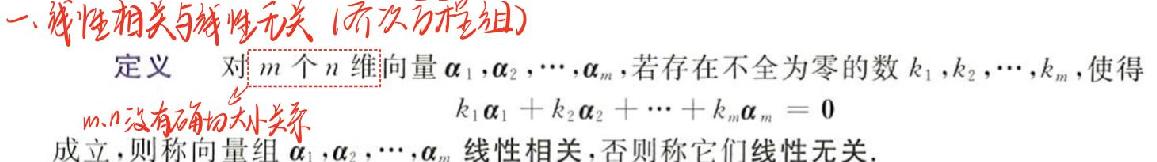
一、线性相关与线性无关（齐次方程组）
定义 对\(m\)个\(n\)维向量\(\alpha_1,\alpha_2,\cdots,\alpha_m\)，若存在不全为零的数\(k_1,k_2,\cdots,k_m\)，使得
\[k_1\alpha_1 + k_2\alpha_2 + \cdots + k_m\alpha_m = 0\]
成立，则称向量组\(\alpha_1,\alpha_2,\cdots,\alpha_m\)线性相关，否则称它们线性无关.